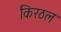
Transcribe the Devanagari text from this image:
किरठल